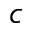
c